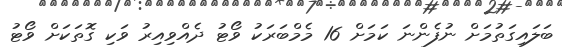
ބަލައިގަތުމަށް ނުފެންނަ ކަމަށް 16 މެމްބަރަކު ވޯޓު ދެއްވިއިރު ވަކި ގޮތަކަށް ވޯޓު